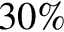
3 0 \%